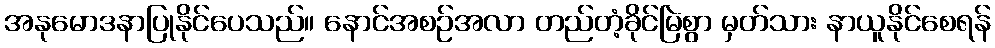
အနုမောဒနာပြုနိုင်ပေသည်။ နောင်အစဉ်အလာ တည်တံ့ခိုင်မြဲစွာ မှတ်သား နာယူနိုင်စေရန်